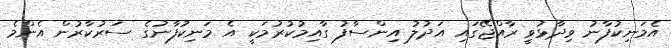
އެމަނިކުފާނު ވިދާޅުވީ ރާއްޖޭގައި އަދުލު އިންސާފު ގާއިމުކުރުމަކީ އެ މަނިކުފާނުގެ ސަރުކާރުން އެންމެ